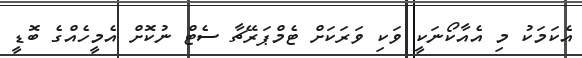
އެކަމަކު މި އެއާކޯނަކީ ވަކި ވަރަކަށް ޓެމްޕަރޭޗާ ސެޓް ނުކޮށް އެމީހެއްގެ ބޮޑީ